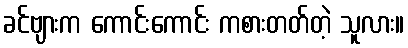
ခင်ဗျားက ကောင်းကောင်း ကစားတတ်တဲ့ သူလား။